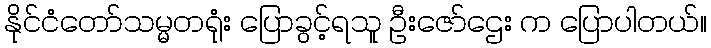
နိုင်ငံတော်သမ္မတရုံး ပြောခွင့်ရသူ ဦးဇော်ဌေး က ပြောပါတယ်။